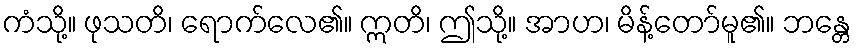
ကံသို့။ ဖုသတိ၊ ရောက်လေ၏။ ဣတိ၊ ဤသို့။ အာဟ၊ မိန့်တော်မူ၏။ ဘန္တေ